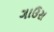
ગાઉસ